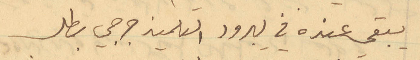
يبقى عنده في يبرود التلميذ جرجي بطل